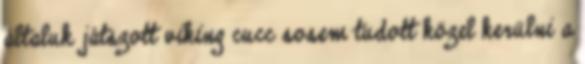
általuk játszott viking cucc sosem tudott közel kerülni a